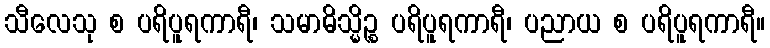
သီလေသု စ ပရိပူရကာရီ၊ သမာဓိသ္မိဉ္စ ပရိပူရကာရီ၊ ပညာယ စ ပရိပူရကာရီ။